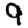
Digit: 9